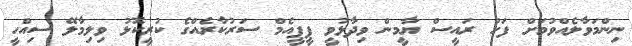
ނިންމަވާލެއްވުމަށް ފަހު ރައީސް ޔާމީން ވިދާޅުވީ ޕީޕީއެމް ސަރުކާރެއްގެ ކުރީކޮޅު ވިލިމާލޭ ސިއްހީ